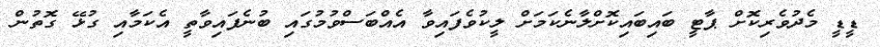
ޑީޑީ މެދުވެރިކޮށް ޕާޓީ ބައިބައިކޮށްލާނެކަމަށް ލީކުވެފައިވާ އެއްބަސްވުމުގައި ބުނެފައިވާތީ އެކަމާއި ގުޅޭ ގޮތުން